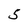
Character: 5